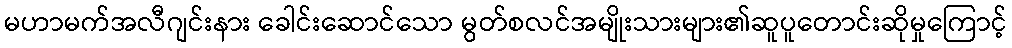
မဟာမက်အလီဂျင်းနား ခေါင်းဆောင်သော မွတ်စလင်အမျိုးသားများ၏ဆူပူတောင်းဆိုမှုကြောင့်